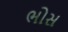
ભોસ